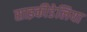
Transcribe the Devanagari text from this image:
साइकीडेलिया